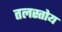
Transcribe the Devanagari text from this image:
तलस्तोय